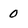
Character: 0